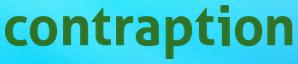
contraption